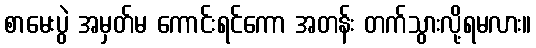
စာမေးပွဲ အမှတ်မ ကောင်းရင်ကော အတန်း တက်သွားလို့ရမလား။